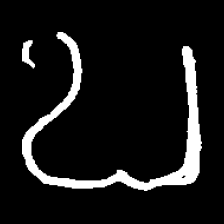
Pyu character \u2014 Myanmar letter: ဎ (romanized: ddha)